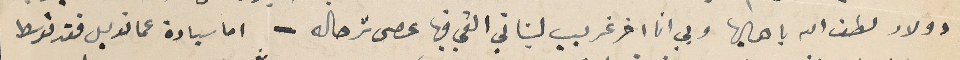
دولار لطف الله باهاليها وبي انا اخر غريب لبناني القي فيها عصى ترحاله - اما سيادة عمانويل فقد توسط